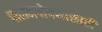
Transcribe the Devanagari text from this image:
पालनपोषणासाठी